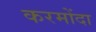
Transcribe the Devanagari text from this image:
करमोंदा